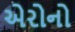
એરોનો